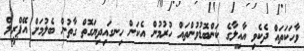
ވާހަކަތައް ދެކެވި އާއިލާގެ ކަންބޮޑުވުންތައް ހުރުމުން އެކަން ހިނގައިދިޔަގޮތް ގާތުން ބެލުމަށް އޭޕްރީލް